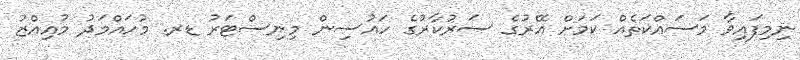
ނިމިފައިވާ މަސައްކަތެއް ކަމަށް އޭރުގެ ސަރުކާރުގެ ހައުސިން މިނިސްޓަރު ޑރ. މުހައްމަދު މުއިއްޒު